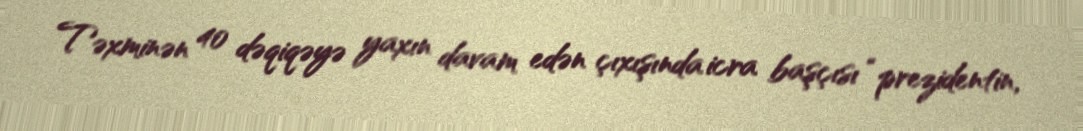
Təxminən 40 dəqiqəyə yaxın davam edən çıxışında icra başçısı “prezidentin,